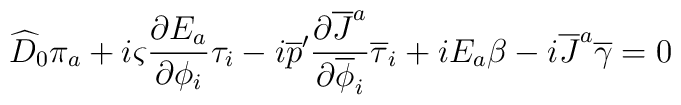
\widehat{D}_0 \pi_a + i \varsigma{{\partial E_a}\over{\partial\phi_i}} \tau_i-i \overline{p}'{{\partial \overline{J}^a}\over{\partial\overline{\phi}_i}}\overline{\tau}_i+iE_a \beta   -i \overline{J}^a \overline{\gamma} =0